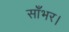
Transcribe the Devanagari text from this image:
साँभर।